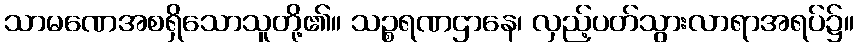
သာမဏေအစရှိသောသူတို့၏။ သဉ္စရဏဌာနေ၊ လှည့်ပတ်သွားလာရာအရပ်၌။